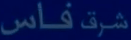
فاس شرق